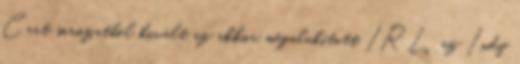
Cart sorozatból kivált az akkor megalakított IRL, az Indy